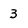
Character: 3